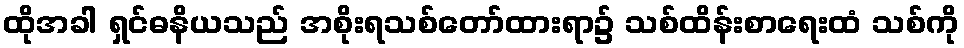
ထိုအခါ ရှင်ဓနိယသည် အစိုးရသစ်တော်ထားရာ၌ သစ်ထိန်းစာရေးထံ သစ်ကို